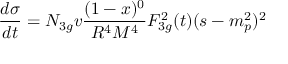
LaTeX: \frac { d \sigma } { d t } = { \cal N } _ { 3 g } v \frac { ( 1 - x ) ^ { 0 } } { R ^ { 4 } { \cal { M } } ^ { 4 } } F _ { 3 g } ^ { 2 } ( t ) ( s - m _ { p } ^ { 2 } ) ^ { 2 }